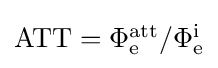
{\textstyle \mathrm {ATT} =\Phi _{\mathrm {e} }^{\mathrm {att} }/\Phi _{\mathrm {e} }^{\mathrm {i} }}